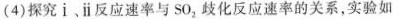
(4)探究i﹑ⅱ反应速率与SO_{2}歧化反应速率的关系，实验如